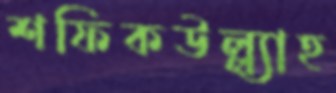
শফিকউল্ল্যাহ